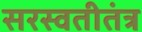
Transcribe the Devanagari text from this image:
सरस्वतीतंत्र